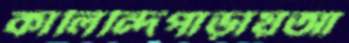
কালিন্দিপাড়ায়আ